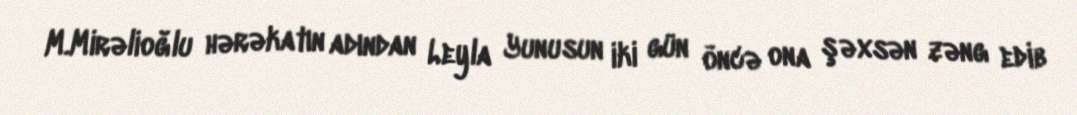
M.Mirəlioğlu hərəkatın adından Leyla Yunusun iki gün öncə ona şəxsən zəng edib